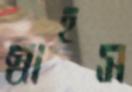
স্বাহস